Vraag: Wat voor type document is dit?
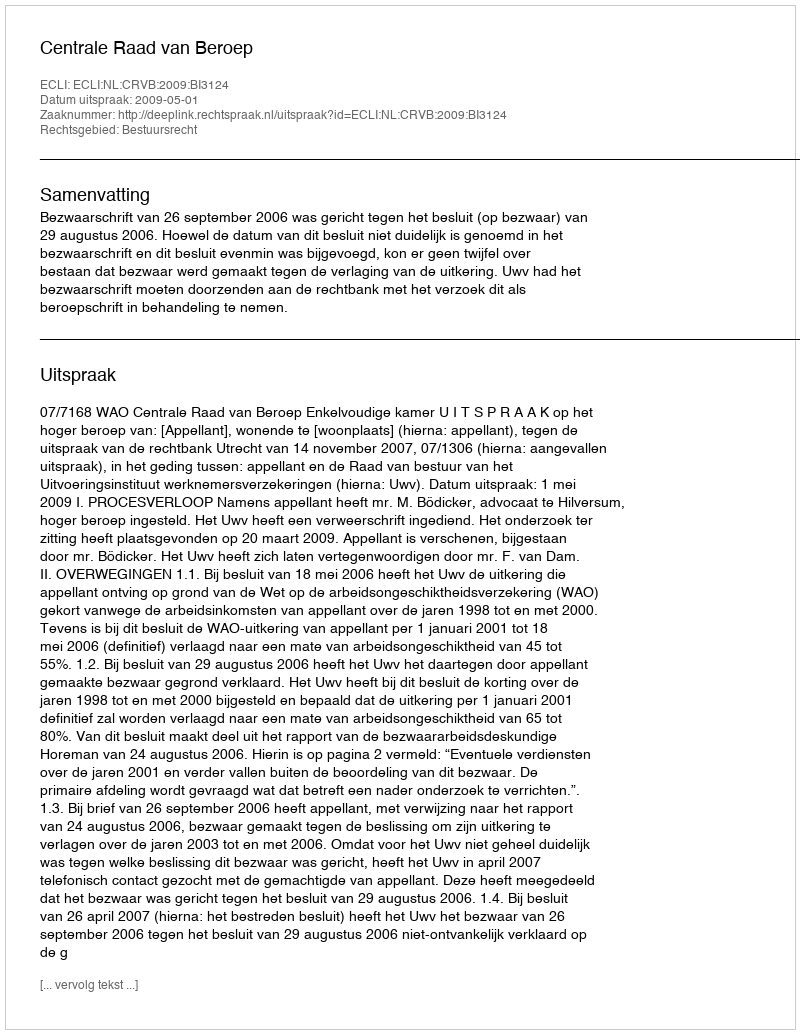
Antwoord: Uitspraak